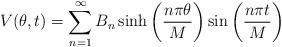
LaTeX: \begin{align*}\begin{aligned}V(\theta,t)= \sum_{n=1}^{\infty}B_n \sinh\left(\frac{n\pi\theta}{M}\right)\sin\left(\frac{n\pi t}{M}\right)\\\end{aligned}\end{align*}